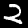
Label: 2